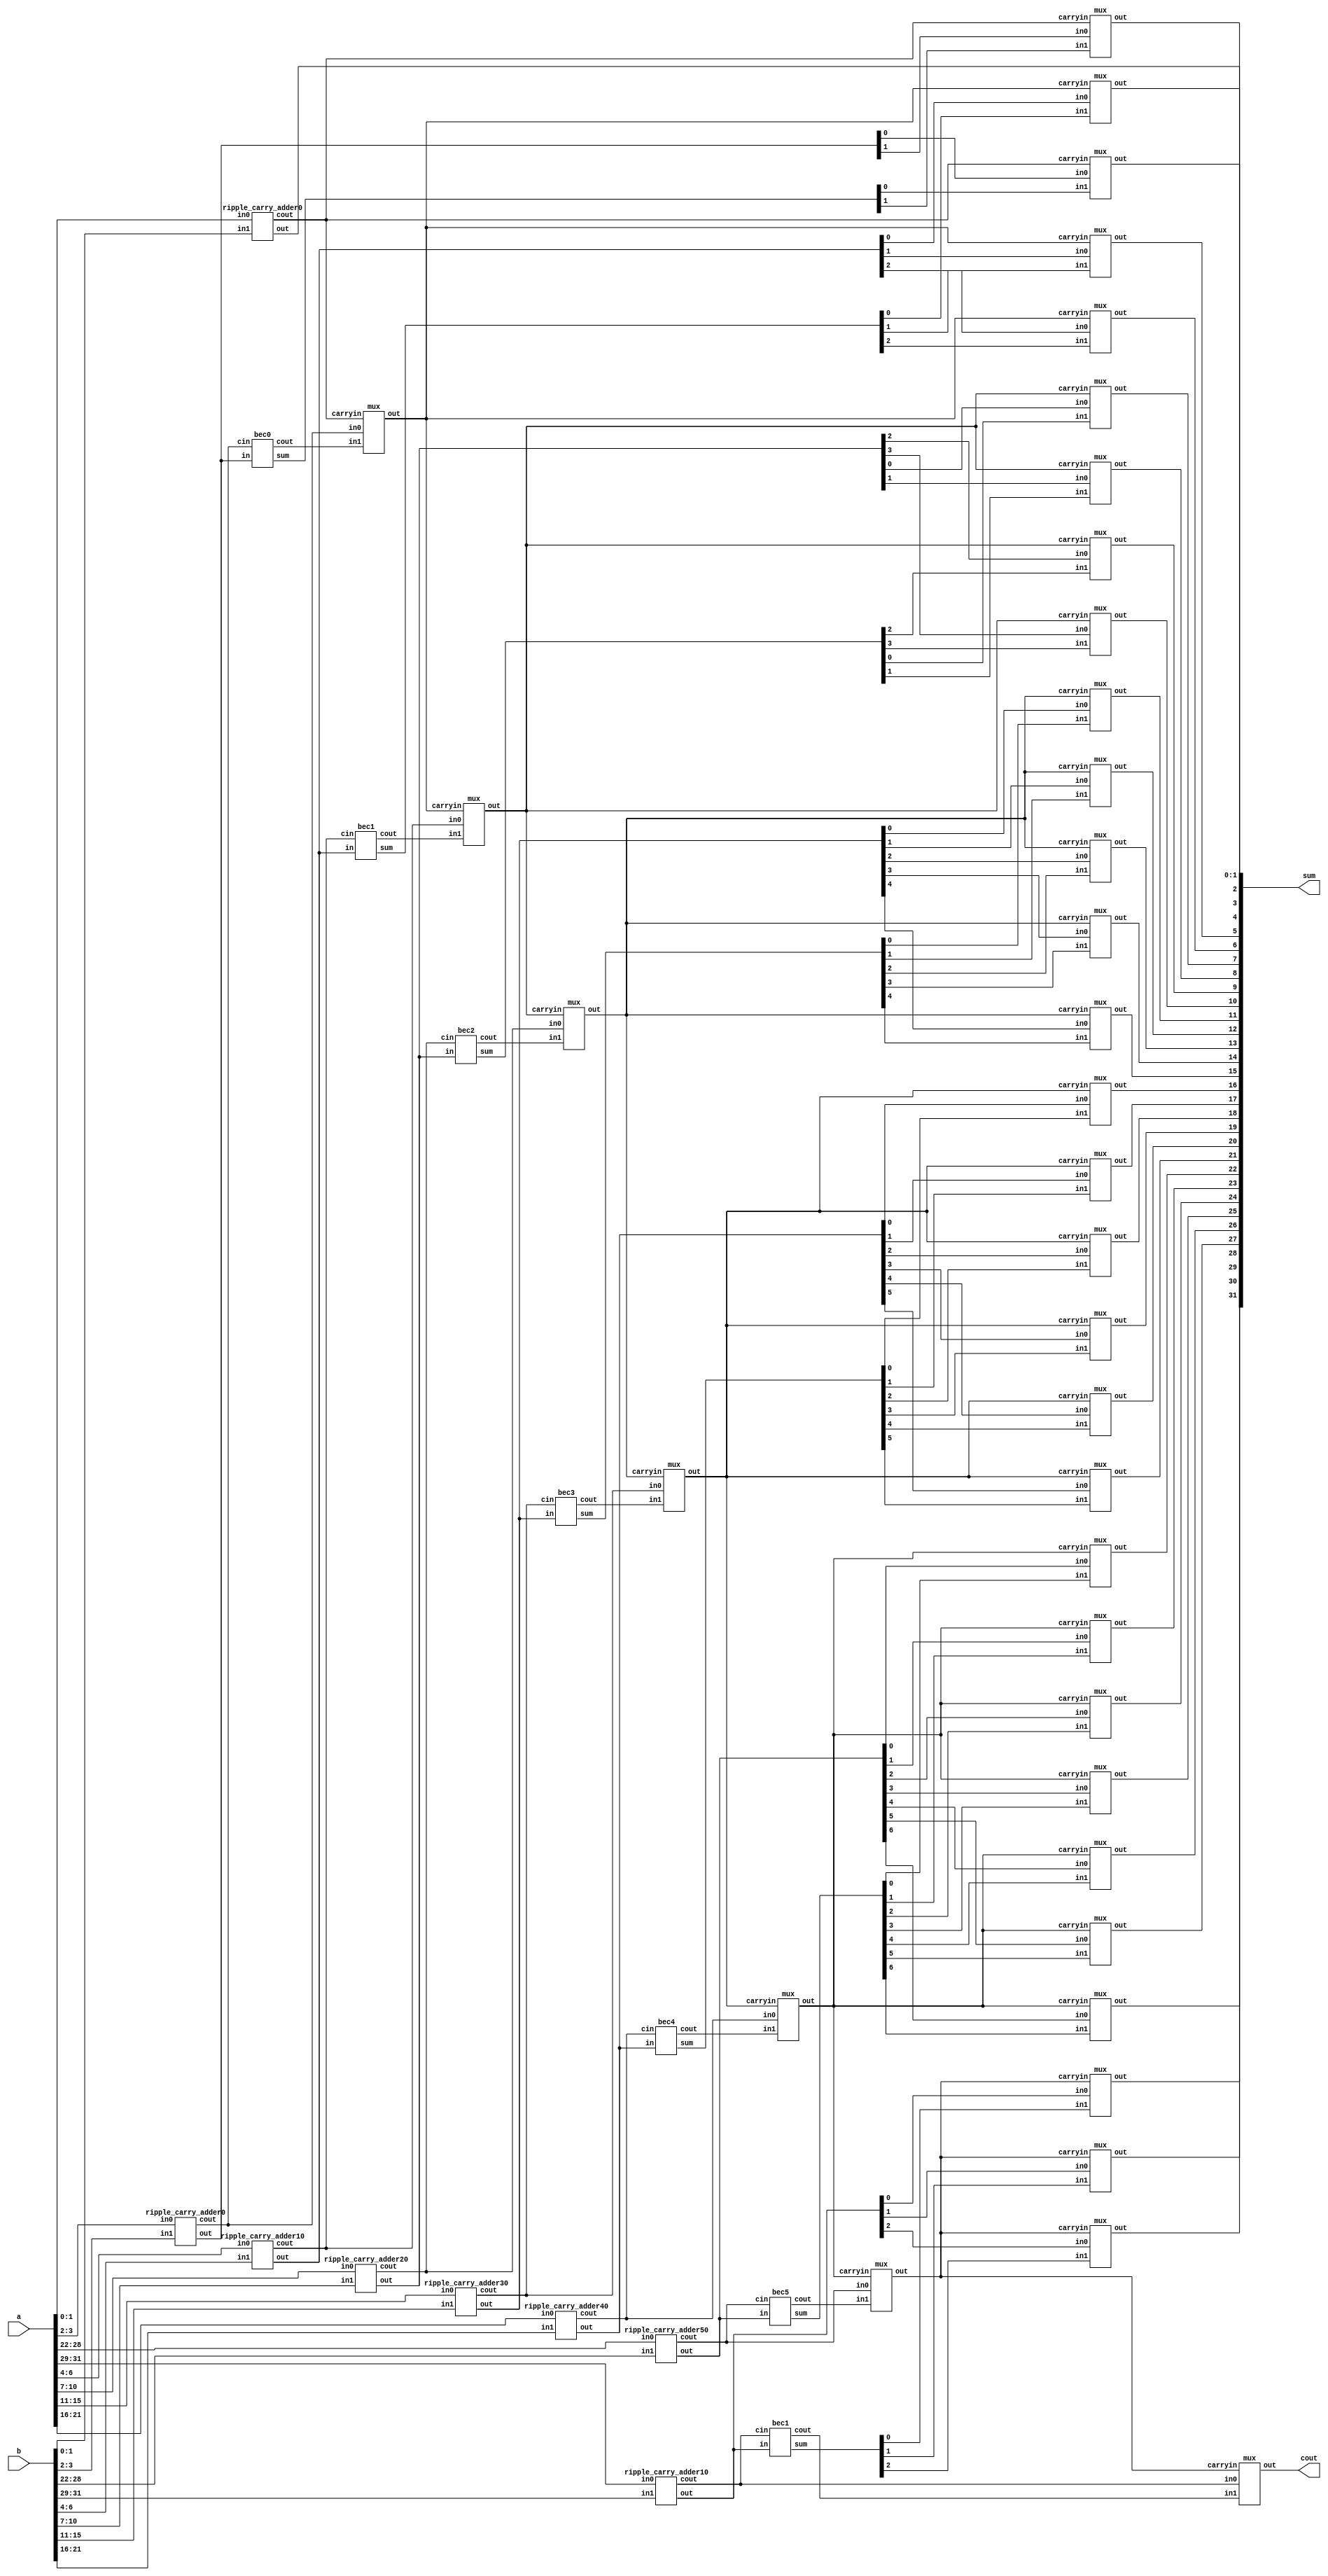

module bitmodifiedcarrygatelevel(a,b,sum,cout);
    input [31:0]a;
    input [31:0]b;
    output [31:0]sum;
    output cout;
    wire [6:0]c1;
	wire [6:0]c0;
	wire cin;
	wire [5:0]c;
	wire [31:0]sum0;
	wire [31:0]sum1;
    ripple_carry_adder0 ra0(a[1:0],b[1:0],sum[1:0],cin);
    ripple_carry_adder0 ra1(a[3:2],b[3:2],sum0[3:2],c0[0]);
    bec0 ra2(sum0[3:2],c0[0],sum1[3:2],c1[0]);
    mux m1(sum0[2],sum1[2],cin,sum[2]);
	mux m2(sum0[3],sum1[3],cin,sum[3]);
	mux m3(c0[0],c1[0],cin,c[0]);
    ripple_carry_adder10 ra3(a[6:4],b[6:4],sum0[6:4],c0[1]);
    bec1 ra4(sum0[6:4],c0[1],sum1[6:4],c1[1]);
	mux m4(sum0[4],sum1[4],c[0],sum[4]);
	mux m5(sum0[5],sum1[5],c[0],sum[5]);
	mux m6(sum0[6],sum1[6],c[0],sum[6]);
	mux m7(c0[1],c1[1],c[0],c[1]);
    ripple_carry_adder20 ra5(a[10:7],b[10:7],sum0[10:7],c0[2]);
    bec2 ra6(sum0[10:7],c0[2],sum1[10:7],c1[2]);
	mux m8(sum0[7],sum1[7],c[1],sum[7]);
	mux m9(sum0[8],sum1[8],c[1],sum[8]);
	mux m10(sum0[9],sum1[9],c[1],sum[9]);
	mux m11(sum0[10],sum1[10],c[1],sum[10]);
	mux m12(c0[2],c1[2],c[1],c[2]);
    ripple_carry_adder30 ra7(a[15:11],b[15:11],sum0[15:11],c0[3]);
    bec3 ra8(sum0[15:11],c0[3],sum1[15:11],c1[3]);
	mux m13(sum0[11],sum1[11],c[2],sum[11]);
	mux m14(sum0[12],sum1[12],c[2],sum[12]);
	mux m15(sum0[13],sum1[13],c[2],sum[13]);
	mux m16(sum0[14],sum1[14],c[2],sum[14]);
	mux m17(sum0[15],sum1[15],c[2],sum[15]);
	mux m18(c0[3],c1[3],c[2],c[3]);
    ripple_carry_adder40 ra9(a[21:16],b[21:16],sum0[21:16],c0[4]);
    bec4 ra10(sum0[21:16],c0[4],sum1[21:16],c1[4]);
	mux m19(sum0[16],sum1[16],c[3],sum[16]);
	mux m20(sum0[17],sum1[17],c[3],sum[17]);
	mux m21(sum0[18],sum1[18],c[3],sum[18]);
	mux m22(sum0[19],sum1[19],c[3],sum[19]);
	mux m23(sum0[20],sum1[20],c[3],sum[20]);
	mux m24(sum0[21],sum1[21],c[3],sum[21]);
	mux m25(c0[4],c1[4],c[3],c[4]);
    ripple_carry_adder50 ra11(a[28:22],b[28:22],sum0[28:22],c0[5]);
    bec5 ra12(sum0[28:22],c0[5],sum1[28:22],c1[5]);
	mux m26(sum0[22],sum1[22],c[4],sum[22]);
	mux m27(sum0[23],sum1[23],c[4],sum[23]);
	mux m28(sum0[24],sum1[24],c[4],sum[24]);
	mux m29(sum0[25],sum1[25],c[4],sum[25]);
	mux m30(sum0[26],sum1[26],c[4],sum[26]);
	mux m31(sum0[27],sum1[27],c[4],sum[27]);
	mux m32(sum0[28],sum1[28],c[4],sum[28]);
	mux m33(c0[5],c1[5],c[4],c[5]);
    ripple_carry_adder10 ra13(a[31:29],b[31:29],sum0[31:29],c0[6]);
    bec1 ra14(sum0[31:29],c0[6],sum1[31:29],c1[6]);
	mux m34(sum0[29],sum1[29],c[5],sum[29]);
	mux m35(sum0[30],sum1[30],c[5],sum[30]);
	mux m36(sum0[31],sum1[31],c[5],sum[31]);
	mux m37(c0[6],c1[6],c[5],cout);
endmodule


module bec5(in,cin,sum,cout);
    input [6:0]in;
    input cin;
    output [6:0]sum;
    output cout;
    wire [7:0]in1;
    wire w1,w2,w3,w4,w5,w6;
    assign in1[0] = in[0];
    assign in1[1] = in[1];
    assign in1[2] = in[2];
    assign in1[3] = in[3];
    assign in1[4] = in[4];
    assign in1[5] = in[5];
    assign in1[6] = in[6];
    assign in1[7] = cin;
    not n1(sum[0],in1[0]);
    xor x1(sum[1],in1[0],in1[1]);
    and a1(w1,in1[0],in1[1]);
    xor x2(sum[2],in1[2],w1);
    and a2(w2,w1,in1[2]);
    xor x3(sum[3],in1[3],w2);
    and a3(w3,w2,in1[3]);
    xor x4(sum[4],w3,in1[4]);
    and a4(w4,w3,in1[4]);
    xor x5(sum[5],w4,in1[5]);
    and a5(w5,in1[5],w4);
    xor x6(sum[6],w5,in1[6]);
    and a6(w6,w5,in1[6]);
    xor x7(cout,in1[7],w6);
endmodule


module ripple_carry_adder50(in0, in1, out, cout);
	input [6:0] in0;
	input [6:0] in1;
	output [6:0] out;
	output cout;

	wire c1,c2,c3,c4,c5,c6;
	full_adder fa0(in0[0], in1[0], 1'b0, out[0], c1);
	full_adder fa1(in0[1], in1[1], c1, out[1], c2);
    full_adder fa2(in0[2], in1[2], c2, out[2], c3);
    full_adder fa3(in0[3], in1[3], c3, out[3], c4);
    full_adder fa4(in0[4], in1[4], c4, out[4], c5);
	full_adder fa5(in0[5], in1[5], c5, out[5], c6);
	full_adder fa6(in0[6], in1[6], c6, out[6], cout);

endmodule


module bec4(in,cin,sum,cout);
    input [5:0]in;
    input cin;
    output [5:0]sum;
    output cout;
    wire [6:0]in1;
    wire w1,w2,w3,w4,w5;
    assign in1[0] = in[0];
    assign in1[1] = in[1];
    assign in1[2] = in[2];
    assign in1[3] = in[3];
    assign in1[4] = in[4];
    assign in1[5] = in[5];
    assign in1[6] = cin;
    not n1(sum[0],in1[0]);
    xor x1(sum[1],in1[0],in1[1]);
    and a1(w1,in1[0],in1[1]);
    xor x2(sum[2],in1[2],w1);
    and a2(w2,w1,in1[2]);
    xor x3(sum[3],in1[3],w2);
    and a3(w3,w2,in1[3]);
    xor x4(sum[4],w3,in1[4]);
    and a4(w4,w3,in1[4]);
    xor x5(sum[5],w4,in1[5]);
    and a5(w5,in1[5],w4);
    xor x6(cout,w5,in1[6]);
endmodule

module ripple_carry_adder40(in0, in1, out, cout);
	input [5:0] in0;
	input [5:0] in1;
	output [5:0] out;
	output cout;

	wire c1,c2,c3,c4,c5;
	full_adder fa0(in0[0], in1[0], 1'b0, out[0], c1);
	full_adder fa1(in0[1], in1[1], c1, out[1], c2);
    full_adder fa2(in0[2], in1[2], c2, out[2], c3);
    full_adder fa3(in0[3], in1[3], c3, out[3], c4);
    full_adder fa4(in0[4], in1[4], c4, out[4], c5);
	full_adder fa5(in0[5], in1[5], c5, out[5], cout);

endmodule

module bec3(in,cin,sum,cout);
    input [4:0]in;
    input cin;
    output [4:0]sum;
    output cout;
    wire [5:0]in1;
    wire w1,w2,w3,w4;
    assign in1[0] = in[0];
    assign in1[1] = in[1];
    assign in1[2] = in[2];
    assign in1[3] = in[3];
    assign in1[4] = in[4];
    assign in1[5] = cin;
    not n1(sum[0],in1[0]);
    xor x1(sum[1],in1[0],in1[1]);
    and a1(w1,in1[0],in1[1]);
    xor x2(sum[2],in1[2],w1);
    and a2(w2,w1,in1[2]);
    xor x3(sum[3],in1[3],w2);
    and a3(w3,w2,in1[3]);
    xor x4(sum[4],w3,in1[4]);
    and a4(w4,w3,in1[4]);
    xor x5(cout,w4,in1[5]);
endmodule

module ripple_carry_adder30(in0, in1, out, cout);
	input [4:0] in0;
	input [4:0] in1;
	output [4:0] out;
	output cout;

	wire c1,c2,c3,c4;
	full_adder fa0(in0[0], in1[0], 1'b0, out[0], c1);
	full_adder fa1(in0[1], in1[1], c1, out[1], c2);
    full_adder fa2(in0[2], in1[2], c2, out[2], c3);
    full_adder fa3(in0[3], in1[3], c3, out[3], c4);
    full_adder fa4(in0[4], in1[4], c4, out[4], cout);

endmodule

    

module bec2(in,cin,sum,cout);
    input [3:0]in;
    input cin;
    output [3:0]sum;
    output cout;
    wire [4:0]in1;
    wire w1,w2,w3;
    assign in1[0] = in[0];
    assign in1[1] = in[1];
    assign in1[2] = in[2];
    assign in1[3] = in[3];
    assign in1[4] = cin;
    not n1(sum[0],in1[0]);
    xor x1(sum[1],in1[0],in1[1]);
    and a1(w1,in1[0],in1[1]);
    xor x2(sum[2],in1[2],w1);
    and a2(w2,w1,in1[2]);
    xor x3(sum[3],in1[3],w2);
    and a3(w3,w2,in1[3]);
    xor x4(cout,w3,in1[4]);
endmodule


module ripple_carry_adder20(in0, in1, out, cout);
	input [3:0] in0;
	input [3:0] in1;
	output [3:0] out;
	output cout;

	wire c1,c2,c3;
	full_adder fa0(in0[0], in1[0], 1'b0, out[0], c1);
	full_adder fa1(in0[1], in1[1], c1, out[1], c2);
    full_adder fa2(in0[2], in1[2], c2, out[2], c3);
    full_adder fa3(in0[3], in1[3], c3, out[3], cout);

endmodule

module bec1(in,cin,sum,cout);
    input [2:0]in;
    input cin;
    output [2:0]sum;
    output cout;
    wire [3:0]in1;
    wire w1,w2;
    assign in1[0] = in[0];
    assign in1[1] = in[1];
    assign in1[2] = in[2];
    assign in1[3] = cin;
    not n1(sum[0],in1[0]);
    xor x1(sum[1],in1[0],in1[1]);
    and a1(w1,in1[0],in1[1]);
    xor x2(sum[2],in1[2],w1);
    and a2(w2,w1,in1[2]);
    xor x3(cout,in1[3],w2);
endmodule


module ripple_carry_adder10(in0, in1, out, cout);
	input [2:0] in0;
	input [2:0] in1;
	output [2:0] out;
	output cout;

	wire c1,c2;
	full_adder fa0(in0[0], in1[0], 1'b0, out[0], c1);
	full_adder fa1(in0[1], in1[1], c1, out[1], c2);
    full_adder fa2(in0[2], in1[2], c2, out[2], cout);

endmodule

module bec0(in,cin,sum,cout);
    input [1:0]in;
    input cin;
    output [1:0]sum;
    output cout;
    wire [2:0]in1;
    wire w1;
    assign in1[0] = in[0];
    assign in1[1] = in[1];
    assign in1[2] = cin;
    not n1(sum[0],in1[0]);
    xor x1(sum[1],in1[0],in1[1]);
    and a1(w1,in1[0],in1[1]);
    xor x2(cout,in1[2],w1);
endmodule

module ripple_carry_adder0(in0, in1, out, cout);
	input [1:0] in0;
	input [1:0] in1;
	output [1:0] out;
	output cout;

	wire c1;
	full_adder fa0(in0[0], in1[0], 1'b0, out[0], c1);
	full_adder fa1(in0[1], in1[1], c1, out[1], cout);

endmodule

module mux(in0,in1,carryin,out);
	output out;
	input in0,in1,carryin;
	wire w1,w2,w3;
	not no1(w1,carryin);
	and a0(w2,in0,w1);
	and a1(w3,in1,carryin);
	or o1(out,w2,w3);
endmodule


module full_adder(in0, in1, cin, out, cout);
	input in0, in1, cin;
	output out, cout;

	wire x1,x2,x3;
	xor r1(x1,in0,in1);
	and a1(x3,in0,in1);
	xor r2(out,x1,cin);
	and a2(x2,x1,cin);
	or o1(cout,x2,x3);
endmodule